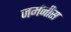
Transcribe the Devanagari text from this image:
जर्मनीस